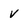
Character: V